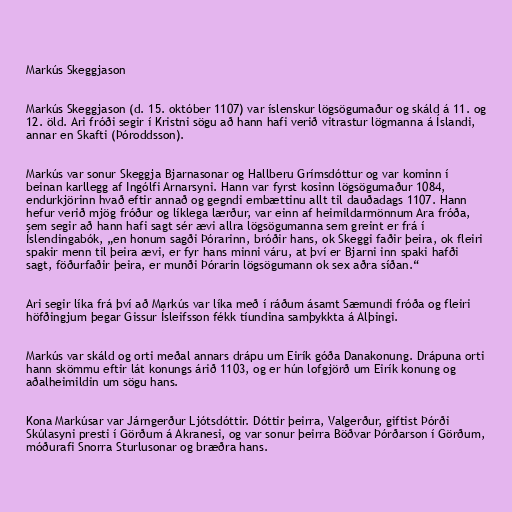
Markús Skeggjason

Markús Skeggjason (d. 15. október 1107) var íslenskur lögsögumaður og skáld á 11. og
12. öld. Ari fróði segir í Kristni sögu að hann hafi verið vitrastur lögmanna á Íslandi,
annar en Skafti (Þóroddsson).

Markús var sonur Skeggja Bjarnasonar og Hallberu Grímsdóttur og var kominn í
beinan karllegg af Ingólfi Arnarsyni. Hann var fyrst kosinn lögsögumaður 1084,
endurkjörinn hvað eftir annað og gegndi embættinu allt til dauðadags 1107. Hann
hefur verið mjög fróður og líklega lærður, var einn af heimildarmönnum Ara fróða,
sem segir að hann hafi sagt sér ævi allra lögsögumanna sem greint er frá í
Íslendingabók, „en honum sagði Þórarinn, bróðir hans, ok Skeggi faðir þeira, ok fleiri
spakir menn til þeira ævi, er fyr hans minni váru, at því er Bjarni inn spaki hafði
sagt, föðurfaðir þeira, er munði Þórarin lögsögumann ok sex aðra síðan.“

Ari segir líka frá því að Markús var líka með í ráðum ásamt Sæmundi fróða og fleiri
höfðingjum þegar Gissur Ísleifsson fékk tíundina samþykkta á Alþingi.

Markús var skáld og orti meðal annars drápu um Eirík góða Danakonung. Drápuna orti
hann skömmu eftir lát konungs árið 1103, og er hún lofgjörð um Eirík konung og
aðalheimildin um sögu hans.

Kona Markúsar var Járngerður Ljótsdóttir. Dóttir þeirra, Valgerður, giftist Þórði
Skúlasyni presti í Görðum á Akranesi, og var sonur þeirra Böðvar Þórðarson í Görðum,
móðurafi Snorra Sturlusonar og bræðra hans.